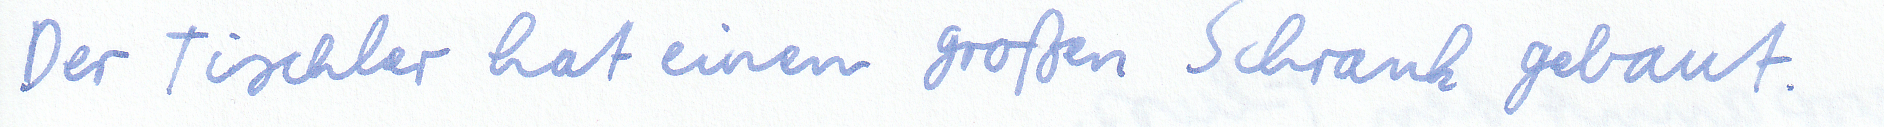
Der Tischler hat einen großen Schrank gebaut.